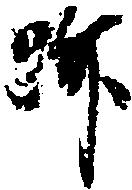
跡